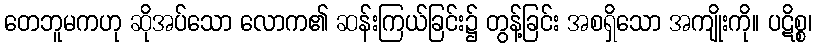
တေဘူမကဟု ဆိုအပ်သော လောက၏ ဆန်းကြယ်ခြင်း၌ တွန့်ခြင်း အစရှိသော အကျိုးကို။ ပဋိစ္စ၊